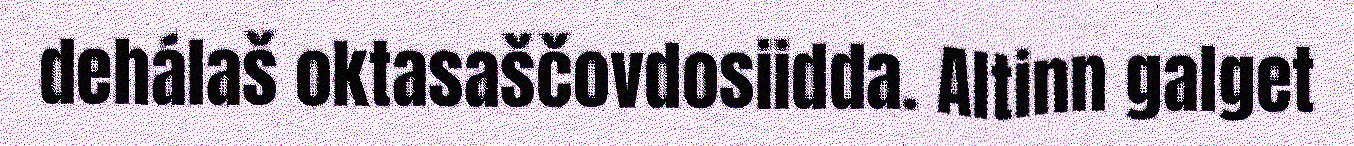
dehálaš oktasaščovdosiidda. Altinn galget